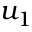
u _ { 1 }